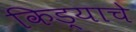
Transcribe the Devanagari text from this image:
किड्याचे